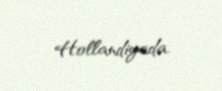
Hollandiyada.